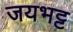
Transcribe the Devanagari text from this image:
जयभट्ट